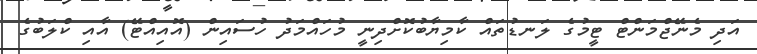
އަދި މެނޭޖްމަންޓް ޓީމުގެ ލަނޑުތައް ކާމިޔާބުކޮށްދިނީ މުހައްމަދު ހުސައިން (އޮއިއްޓޭ) އާއި ކްލަބުގެ